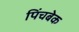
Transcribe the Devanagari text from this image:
पिंचबेक